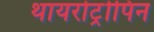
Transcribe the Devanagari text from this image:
थायरोट्रोपिन